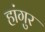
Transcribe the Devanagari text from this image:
हांगुर